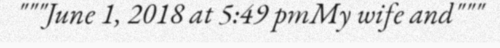
"""June 1, 2018 at 5:49 pmMy wife and"""